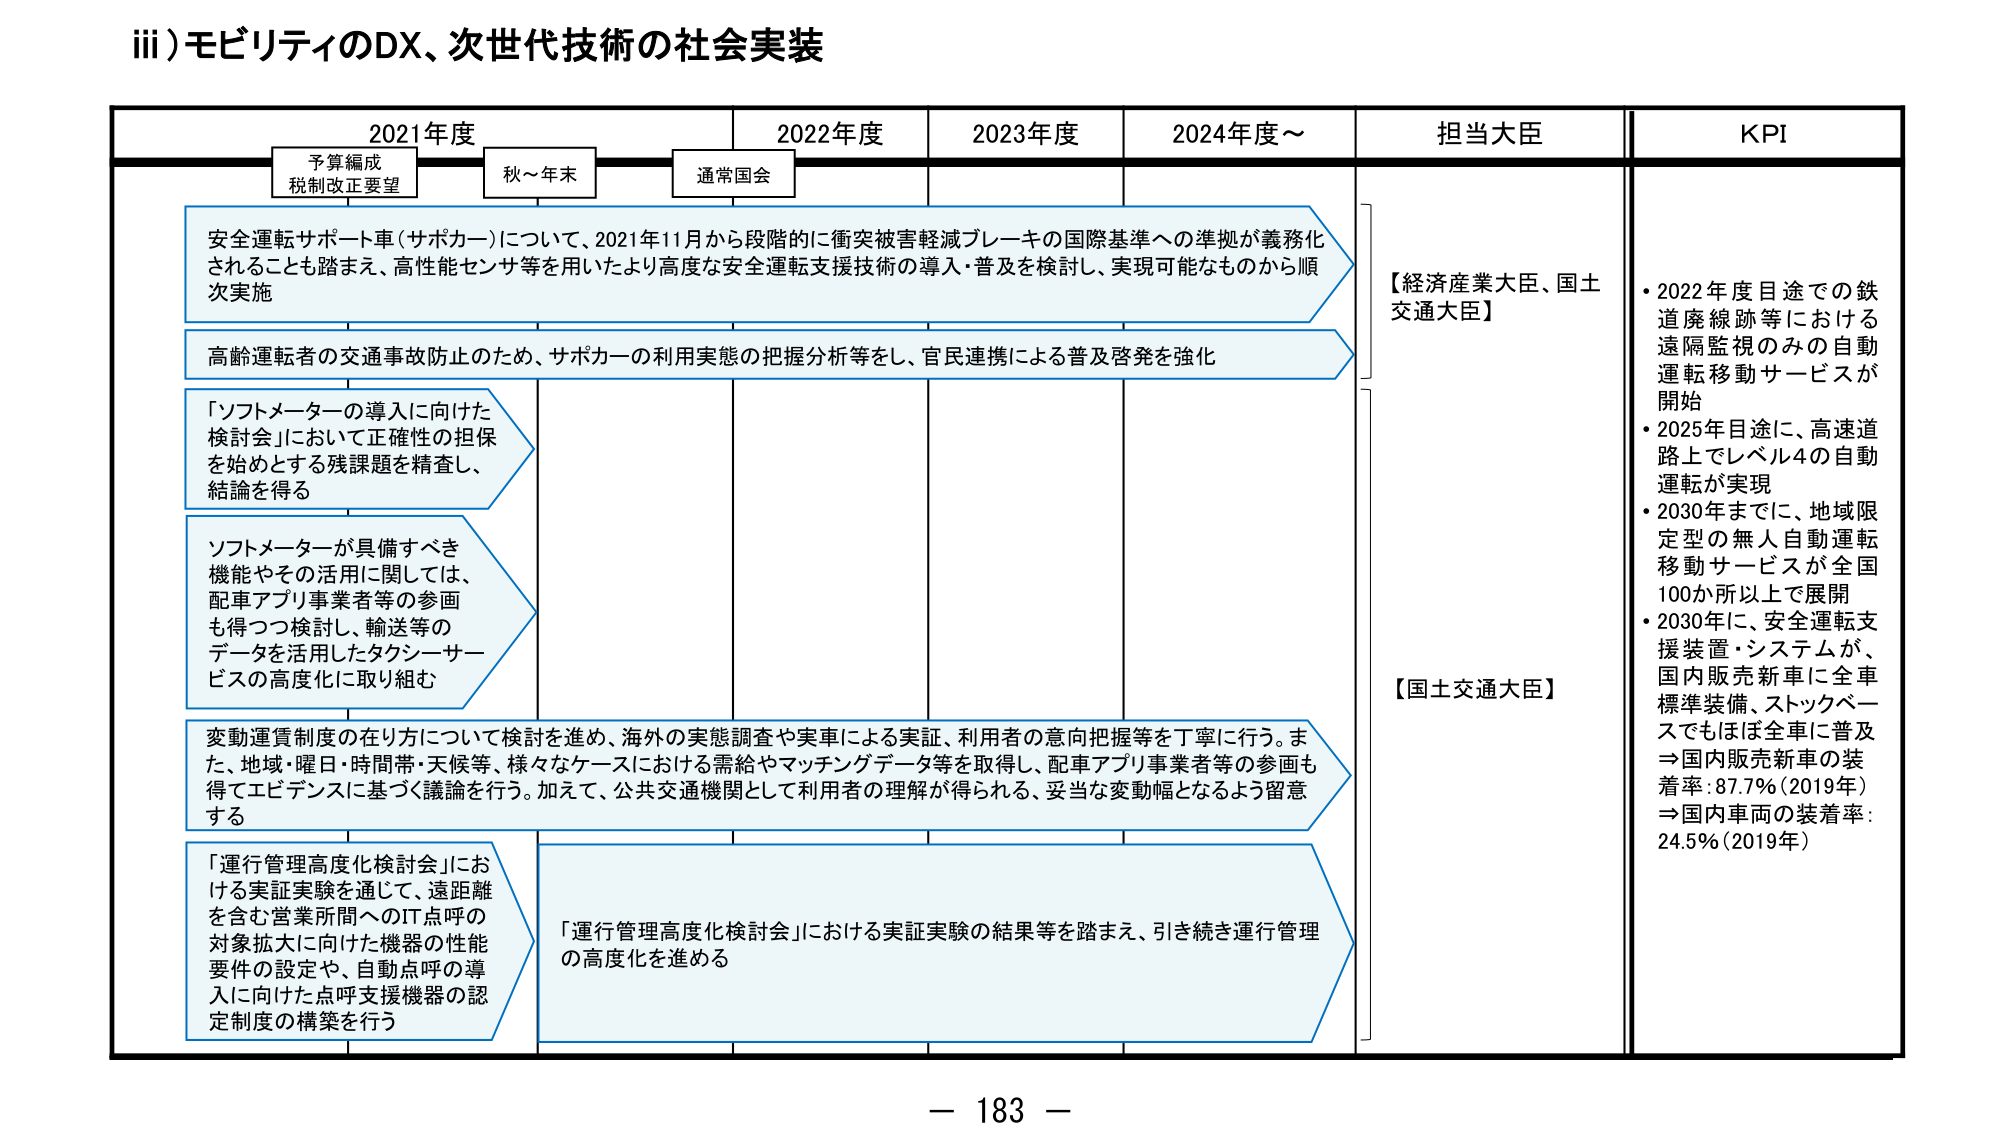
iii) モビリティのDX、次世代技術の社会実装

2021年度　　　　　　2022年度　　　　　　2023年度　　　　　　2024年度～　　　　　担当大臣　　　　　　KPI

予算編成